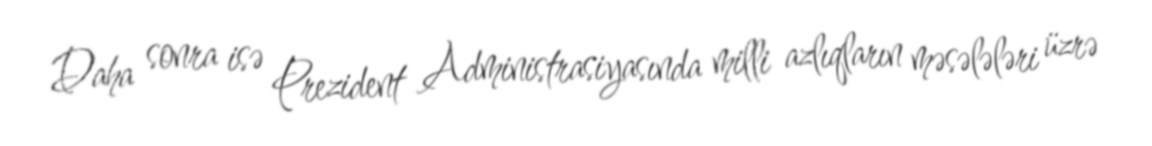
Daha sonra isə Prezident Administrasiyasında milli azlıqların məsələləri üzrə